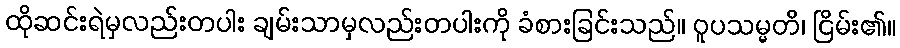
ထိုဆင်းရဲမှလည်းတပါး ချမ်းသာမှလည်းတပါးကို ခံစားခြင်းသည်။ ဝူပသမ္မတိ၊ ငြိမ်း၏။